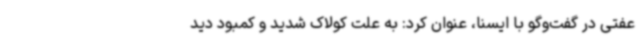
عفتی در گفت‌وگو با ایسنا، عنوان کرد: به علت کولاک شدید و کمبود دید